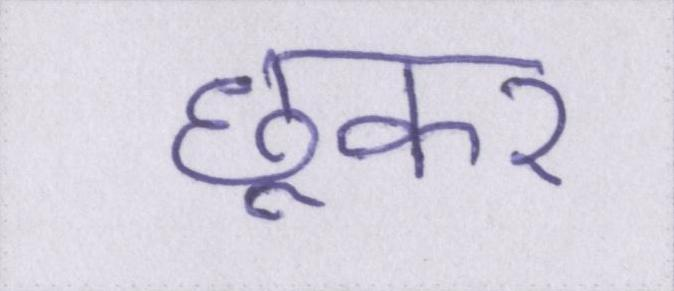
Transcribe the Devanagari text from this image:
छूकर